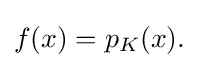
{\textstyle f(x)=p_{K}(x).}